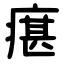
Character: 瘎